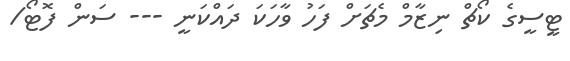
ޓީސީގެ ކޯޗް ނިޒާމް މެޗަށް ފަހު ވާހަކަ ދައްކަނީ --- ސަން ފޮޓޯ/